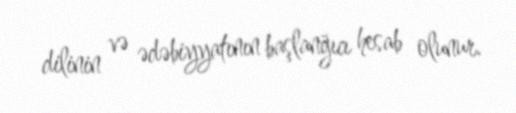
dilinin və ədəbiyyatının başlanğıcı hesab olunur.